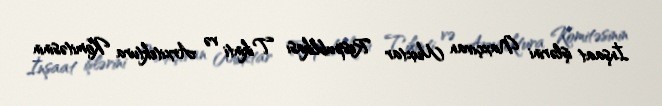
İnşaat işlərini Naxçıvan Muxtar Respublikası Tikinti və Arxitektura Komitəsinin